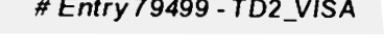
# Entry 79499 - TD2_VISA